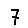
Digit: 7